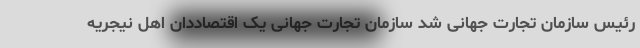
رئیس سازمان تجارت جهانی شد سازمان تجارت جهانی یک اقتصاددان اهل نیجریه